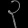
Digit: ၃